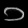
Digit: ၁